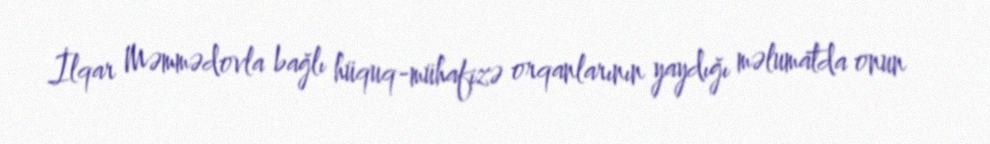
İlqar Məmmədovla bağlı hüquq-mühafizə orqanlarının yaydığı məlumatda onun